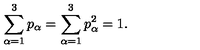
\sum _ { \alpha = 1 } ^ { 3 } p _ { \alpha } = \sum _ { \alpha = 1 } ^ { 3 } p _ { \alpha } ^ { 2 } = 1 .